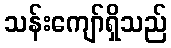
သန်းကျော်ရှိသည်